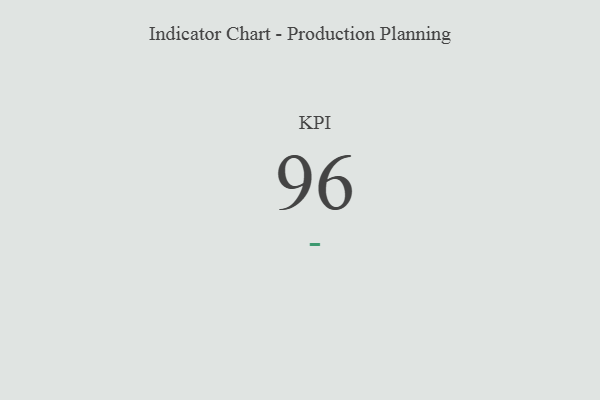
{"axis": {"x": "KPI", "y": "Value"}, "legend": [""], "data": [{"x": "KPI", "y": 96, "type": ""}]}